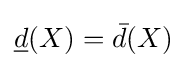
{\underline {d}}(X)={\bar {d}}(X)